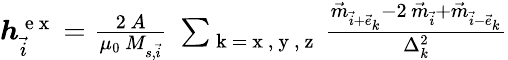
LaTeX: \begin{array}{r}{\boldsymbol{h}_{\vec{i}}^{\mathrm{~e~x~}}=\frac{2\, A}{\mu_{0}\, M_{s,\vec{i}}}\; \sum_{\mathrm{~k~=~x~,~y~,~z~}}\frac{\vec{m}_{\vec{i}+\vec{e}_{k}}-2\, \vec{m}_{\vec{i}}+\vec{m}_{\vec{i}-\vec{e}_{k}}}{\Delta_{k}^{2}}}\end{array}